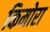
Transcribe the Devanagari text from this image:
किमोरा